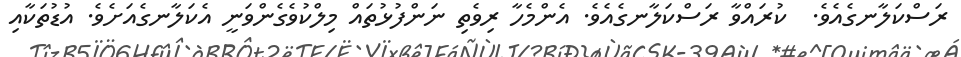
ރަސްކަލާނގެއެވެ.  ކުރައްވާ ރަސްކަލާނގެއެވެ. އެންމެހާ ރިވެތި ނަންފުޅުތައް މިލްކުވެގެންވަނީ އެކަލާނގެއަށެވެ. އުޑުތަކާއި